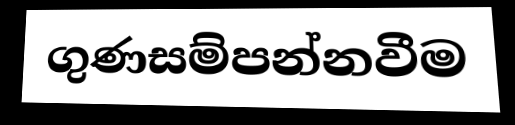
ගුණසම්පන්නවීම